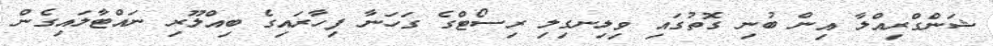
ޝަންގްރިއްލާ އިން ބުނި ގޮތުގައި ވިލިނގިލި ރިސޯޓްގެ ގަހަނާ ފިހާރައިގެ ބިއްލޫރި ނައްޓާލައިގެން